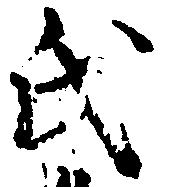
氏